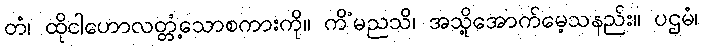
တံ၊ ထိုငါဟောလတ္တံ့သောစကားကို။ ကိံမညသိ၊ အသို့အောက်မေ့သနည်း။ ပဌမံ၊